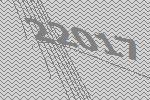
22017